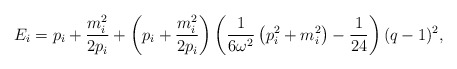
\begin{align*}E_i=p_i+\frac{m_i^2}{2p_i}+\left(p_i+\frac{m_i^2}{2p_i}\right)\left(\frac{1}{6\omega^2}\left(p_i^2+m_i^2\right)-\frac{1}{24}\right)(q-1)^2,\end{align*}